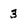
Character: 3